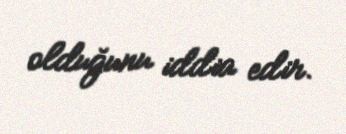
olduğunu iddia edir.